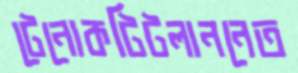
টেনোকটিটলাননেত